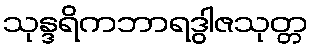
သုန္ဒရိကဘာရဒွါဇသုတ္တ